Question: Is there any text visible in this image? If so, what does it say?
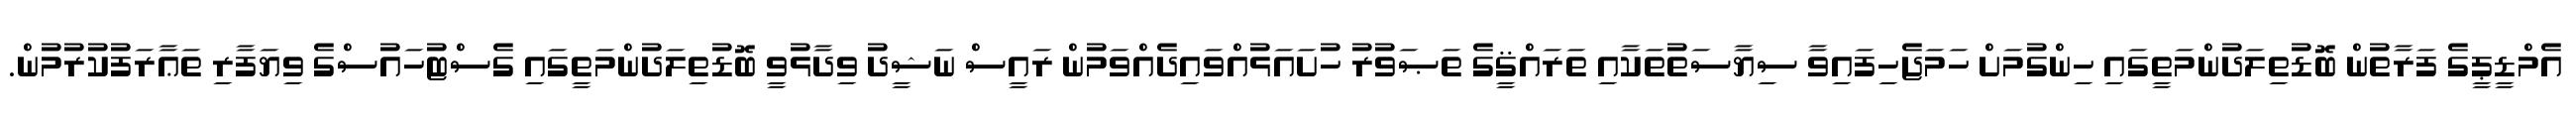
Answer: އެމްޑީޕީގެ ފަރާތުން ބޮޑުތިލަދުންމަތީގައި ހިންގުމަށް ހަމަޖެހިފައިވާ ސިޔާސަތުތަކާއި ތަރައްޤީގެ ތަޞަވުރު ހުށައަޅުއްވައިދެއްވަމުން ރައީސް ނަޝީދު ވިދާޅުވީ ބޮޑުތިލަދުންމަތީގައި ގެސްޓުހައުސްގެ ވިޔަފާރި ތަޢާރަފުކުރުމުން.